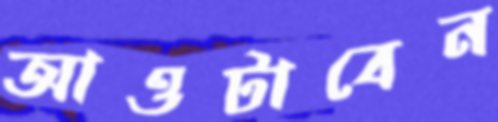
আওটাবেন